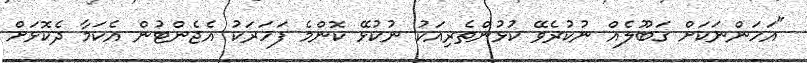
"އަހަންނަކަށް ގަބޫލެއް ނުކުރެވޭ ކުޅުންތެރިއަކު ނުކުޅޭ ކޮންމެ ފަހަރަކު އެޖެންޓުން އެކަމާ ދެކޮޅަށް